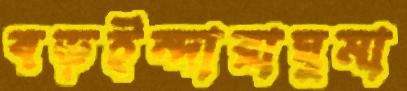
বড়ইন্দারাঘুমা